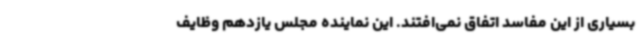
بسیاری از این مفاسد اتفاق نمی‌افتند. این نماینده مجلس یازدهم وظایف